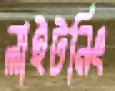
লাইটনিং